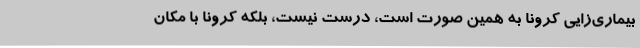
بیماری‌زایی کرونا به همین صورت است، درست نیست، بلکه کرونا با مکان